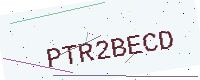
Text: PTR2BECD